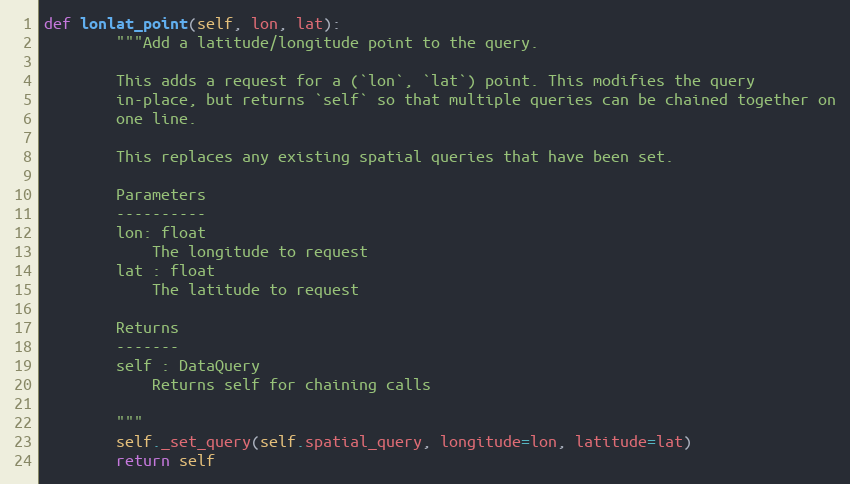
Language: Python
def lonlat_point(self, lon, lat):
        """Add a latitude/longitude point to the query.

        This adds a request for a (`lon`, `lat`) point. This modifies the query
        in-place, but returns `self` so that multiple queries can be chained together on
        one line.

        This replaces any existing spatial queries that have been set.

        Parameters
        ----------
        lon: float
            The longitude to request
        lat : float
            The latitude to request

        Returns
        -------
        self : DataQuery
            Returns self for chaining calls

        """
        self._set_query(self.spatial_query, longitude=lon, latitude=lat)
        return self